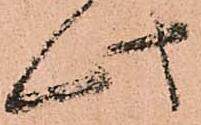
此